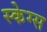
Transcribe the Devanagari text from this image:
स्केग्स